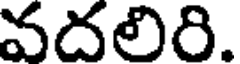
వదలిరి.